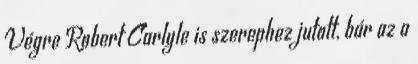
Végre Robert Carlyle is szerephez jutott, bár az a